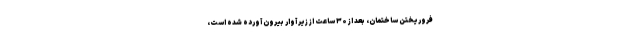
فروریختن ساختمان، بعد از ۳۰ ساعت از زیر آوار بیرون آورده شده است،